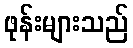
ဖုန်းများသည်